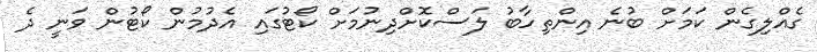
ގެއްލިގެން ކަމަށް ބުނެ އިންތިހާބު ލަސްކޮށްދިނުމަށް ކޯޓުގައި އެދުމުން ކޯޓުން ވަނީ ދެ